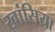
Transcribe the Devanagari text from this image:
खांसिया